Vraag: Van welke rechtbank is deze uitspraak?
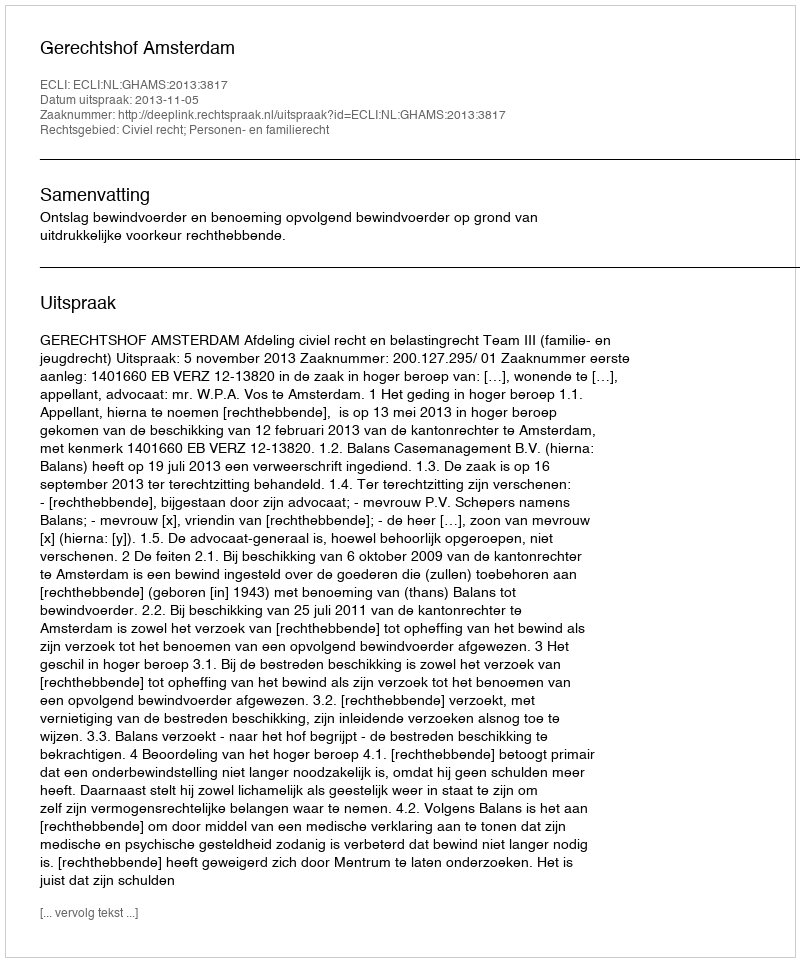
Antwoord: Gerechtshof Amsterdam